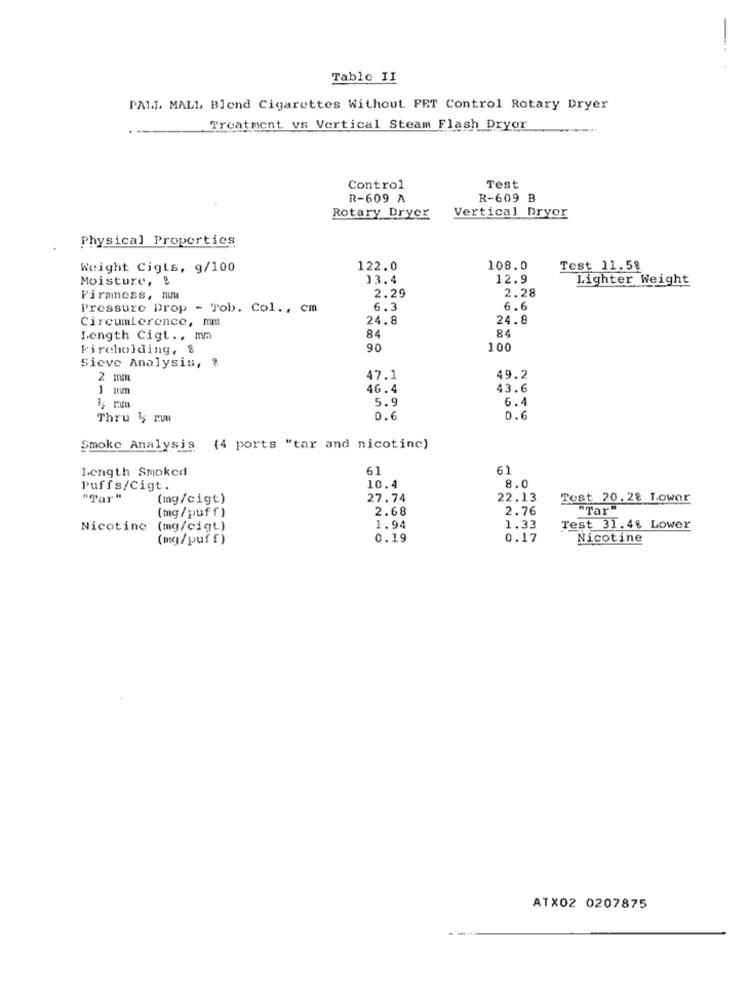
Table II
PALL MALL Blend Cigarettes Without. FET Control Rotary Dryer
Treatment vs Vertical Steam Flash Dryer
Control
Test
R-609 A
R-609 B
Vertical Dryer
Rotary Dryer
Physical Properties
Weight Cigts, g/100
122.0
108.0
Test 11.58
Moisture, &
13.4
12.9
Lighter Weight
2.29
2.28
Firmness, mm
Pressure Drop - Tob. Col ., cm
6.3
6.
Circumference, mm
24.8
24.8
84
Length Cigt ., mm
84
Fircholding, &
90
100
Sieve Analysis, ?
2 mm
47.1
49.2
46.4
43.6
5.9
6.4
Thru 5 mm
0.6
0.6
Smoke Analysis (4 ports "tar and nicotinc)
Length Smoked
61
61
Puffs/Cigt.
10.4
8.0
"Tar"
(mg/cigt)
27.74
22.13
Tost 20.28 Lower
2.68
2.76
"Tar"
(mg/puff )
Nicotine (mg/cigt)
1.94
1.33
Test 31.4% Lower
(mg/puff)
0.19
0.17
Nicotine
ATX02 0207875